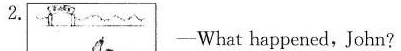
2.-What happened,John?